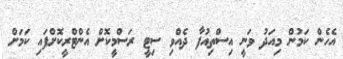
އެހެން ކަމުން މިއަދު ވަނީ އިސްތިއުފާ ދެއްވި ސިޓީ ރަސްމީކޮށް އެންޓްރީކޮށްފައި ކަމަށް